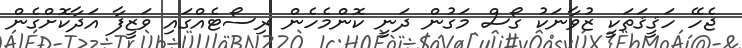
ޖެހޭ ހަޤީޤަތަކީ ޒުވާނަކު ގޯސް މަގުން ދަނީ ކޮންމެހެން ރިސޯޓެއްގައި ވަޒީފާ އަދާކޮށްގެން